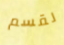
لقسم